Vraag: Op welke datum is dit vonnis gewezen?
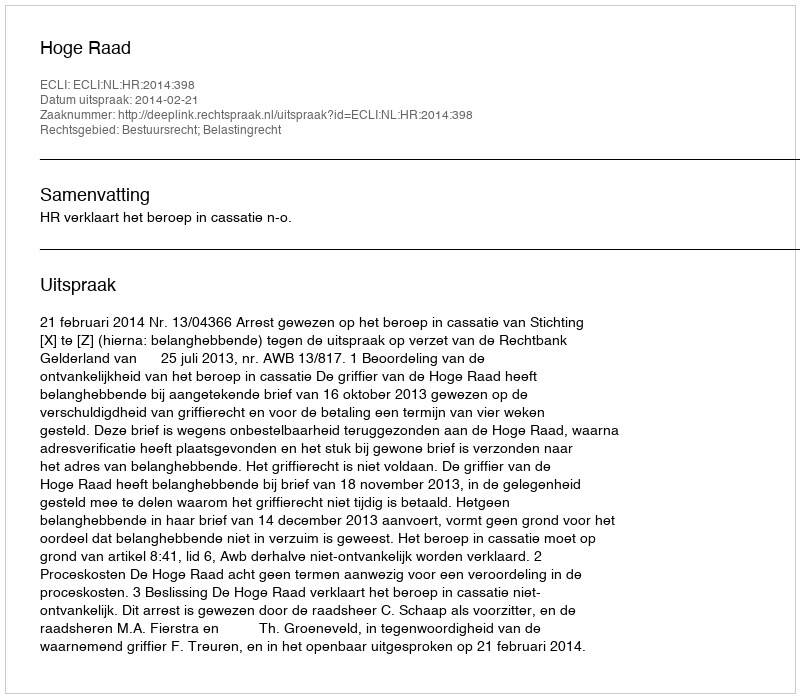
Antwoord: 2014-02-21